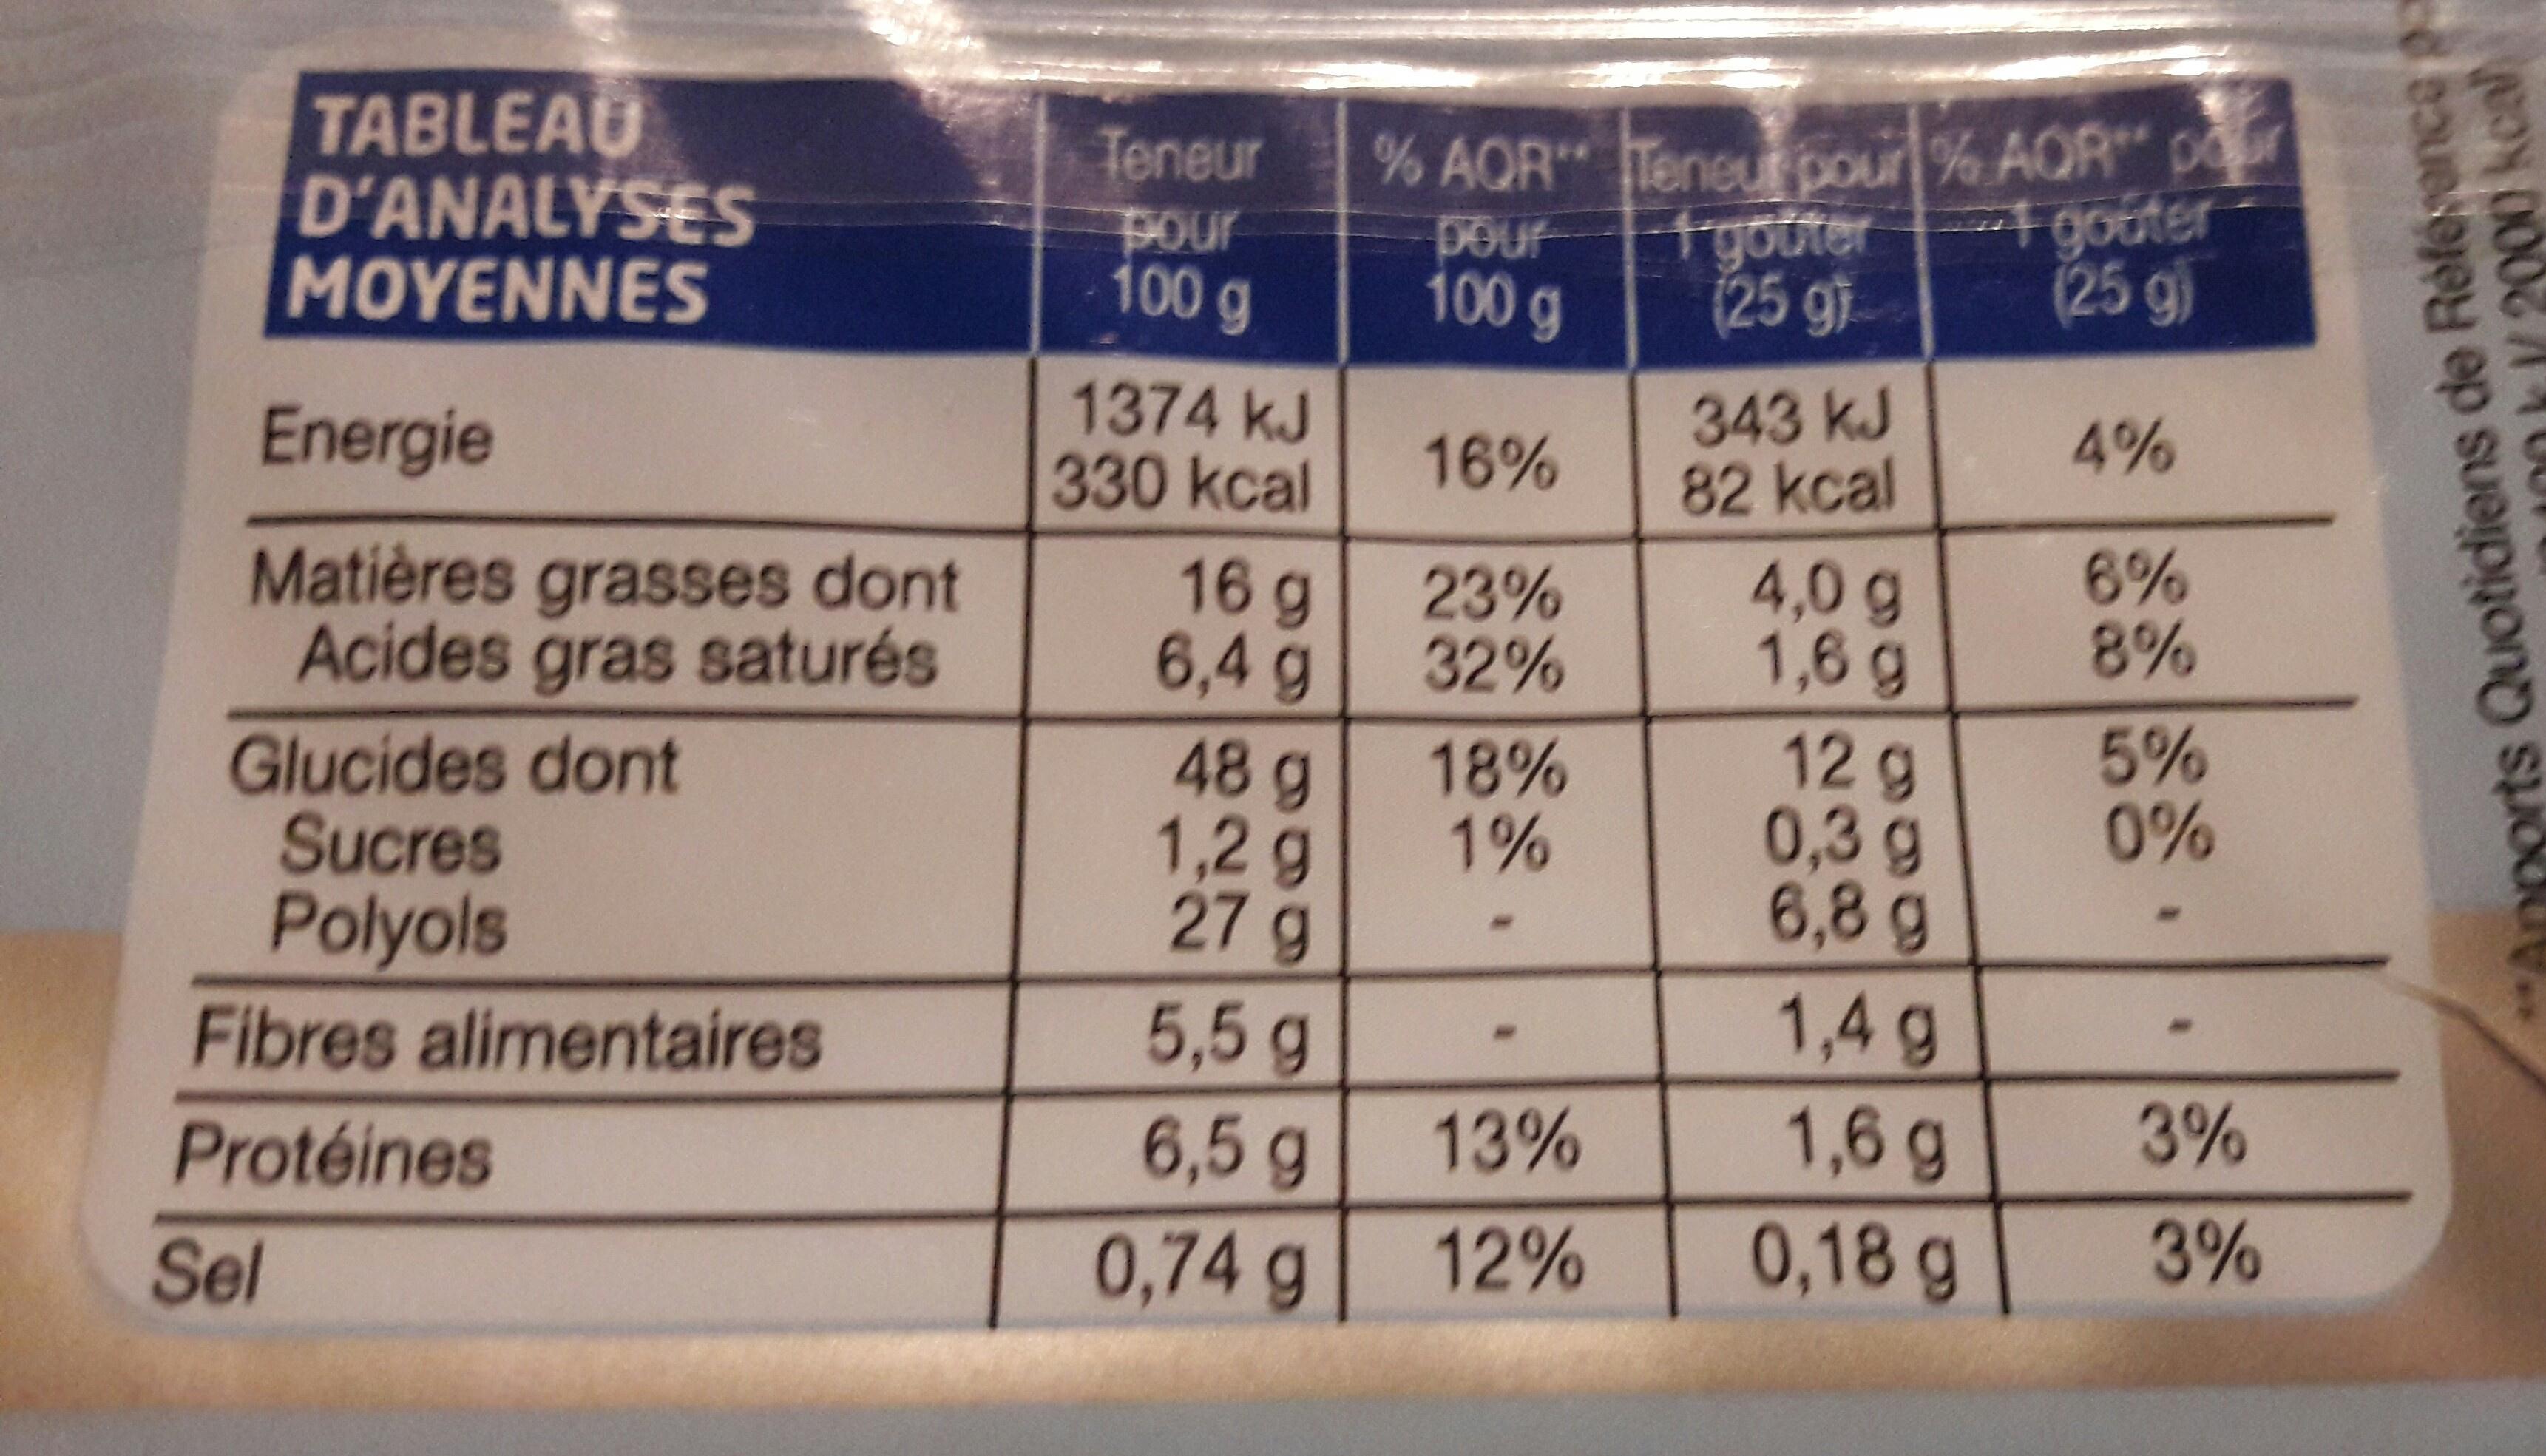
% AQR" Teneur pour % AQR" p tgotter (25 g7 TABLEAU D'ANALYSES MOYENNES Teneur POur 100 g + gouter (25 g) pour 100 g 343 kJ 82 kcal 1374 kJ 330 kcal 16 g 6,4 g 48 g 1,2 g 27 g 5,5 g 6,5 g 0,74 g 4% Energie 16% 6% 8% 4,0 g 1,8 g 12 g 0,3g 6,8 g 1,4 g 1,6 g 23% 32% Matières grasses dont Acides gras saturés 5% 0% 18% 1% Glucides dont Sucres Polyols Fibres alimentaires 3% 13% Protéines 3% 0,18 g 12% Sel Quotidiens de Rélerence p 0 kcal